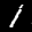
Label: 1